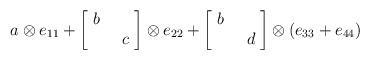
LaTeX: \begin{align*}a\otimes e_{11}+\begin{bmatrix}\;b\; \\ & \;c\;\end{bmatrix}\otimes e_{22}+\begin{bmatrix}\;b\; \\ & \;d\;\end{bmatrix}\otimes (e_{33}+e_{44})\end{align*}